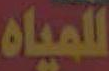
للمياه